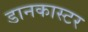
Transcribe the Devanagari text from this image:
डानकास्टर